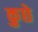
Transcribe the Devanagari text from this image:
कुछे